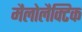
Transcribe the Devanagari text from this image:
मैलोलैक्टिक